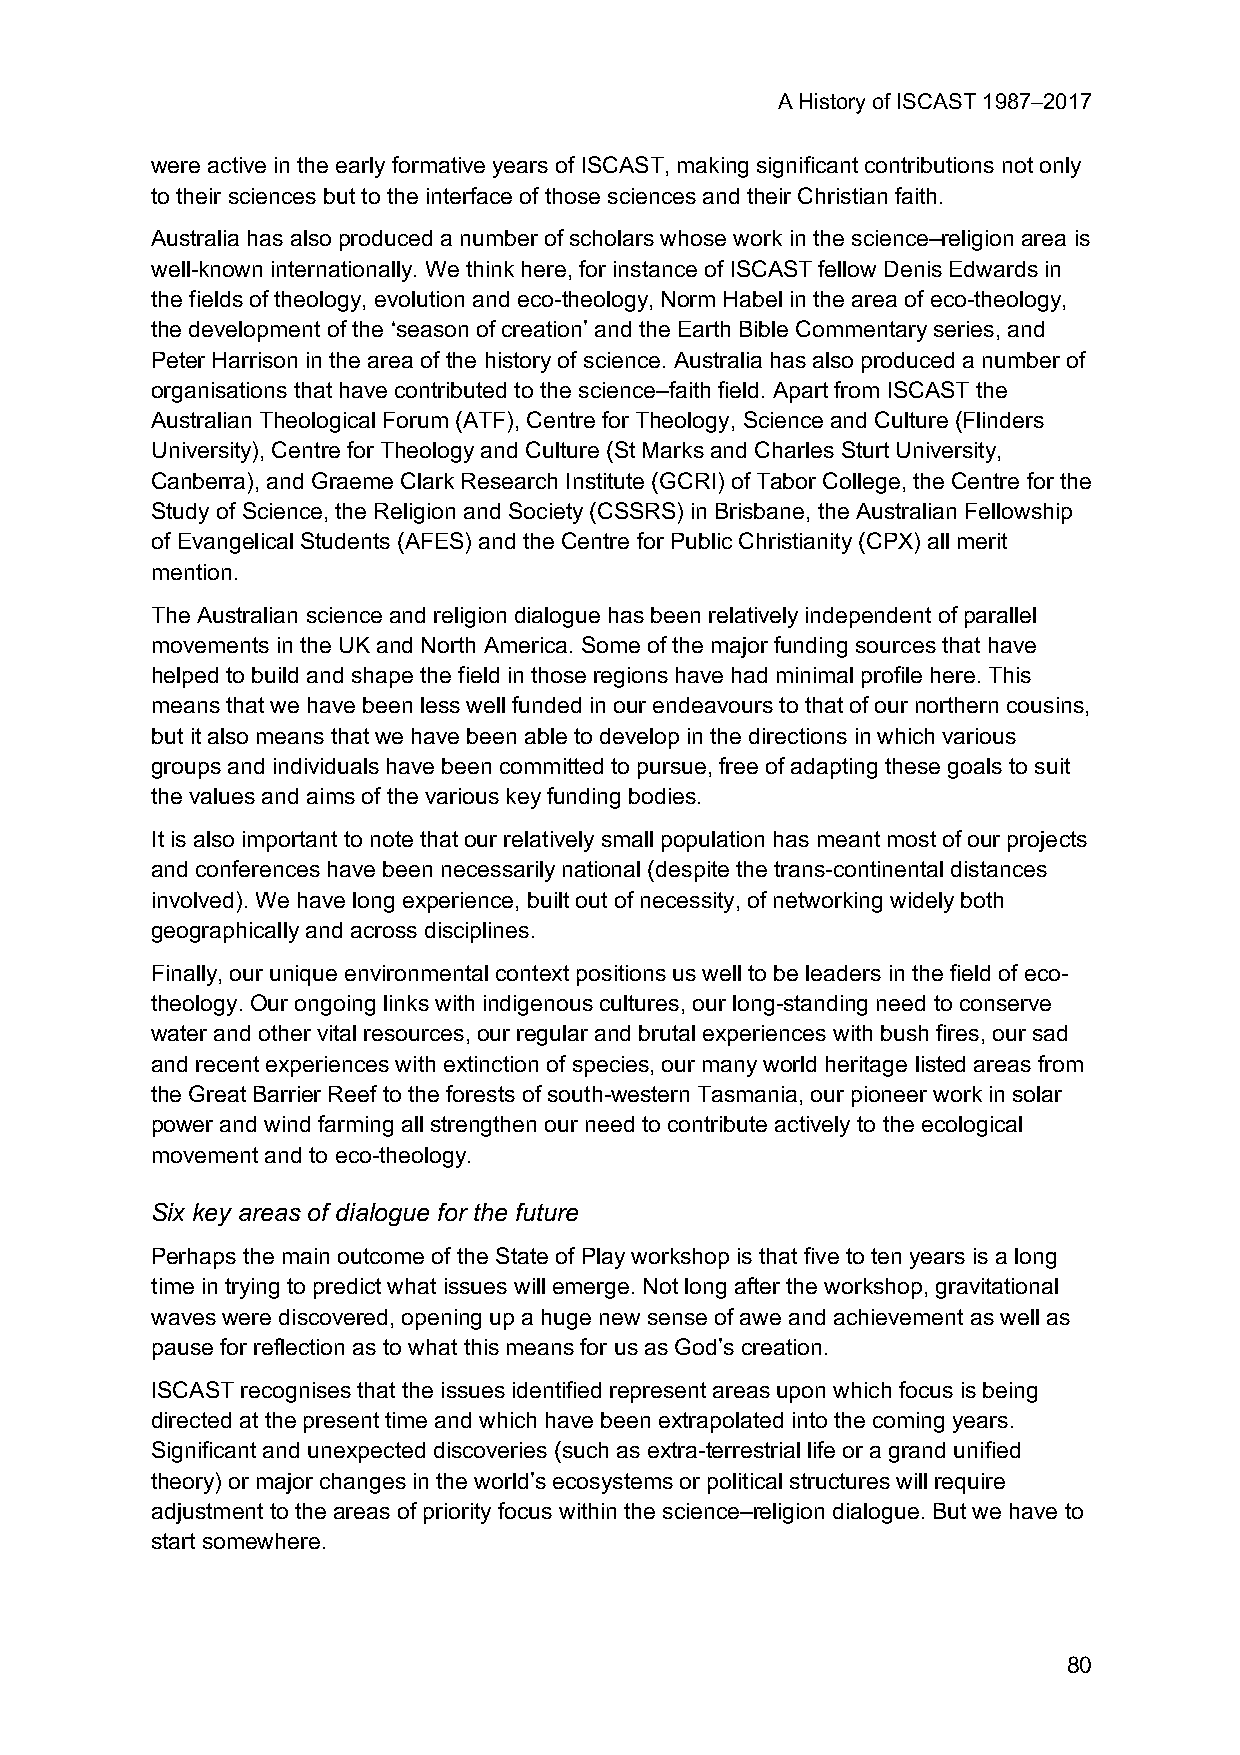
A History of ISCAST 1987–2017
 were active in the early formative years of ISCAST, making significant contributions not only
 to their sciences but to the interface of those sciences and their Christian faith.
 Australia has also produced a number of scholars whose work in the science–religion area is
 well-known internationally. We think here, for instance of ISCAST fellow Denis Edwards in
 the fields of theology, evolution and eco-theology, Norm Habel in the area of eco-theology,
 the development of the ‘season of creation’ and the Earth Bible Commentary series, and
 Peter Harrison in the area of the history of science. Australia has also produced a number of
 organisations that have contributed to the science–faith field. Apart from ISCAST the
 Australian Theological Forum (ATF), Centre for Theology, Science and Culture (Flinders
 University), Centre for Theology and Culture (St Marks and Charles Sturt University,
 Canberra), and Graeme Clark Research Institute (GCRI) of Tabor College, the Centre for the
 Study of Science, the Religion and Society (CSSRS) in Brisbane, the Australian Fellowship
 of Evangelical Students (AFES) and the Centre for Public Christianity (CPX) all merit
 mention.
 The Australian science and religion dialogue has been relatively independent of parallel
 movements in the UK and North America. Some of the major funding sources that have
 helped to build and shape the field in those regions have had minimal profile here. This
 means that we have been less well funded in our endeavours to that of our northern cousins,
 but it also means that we have been able to develop in the directions in which various
 groups and individuals have been committed to pursue, free of adapting these goals to suit
 the values and aims of the various key funding bodies.
 It is also important to note that our relatively small population has meant most of our projects
 and conferences have been necessarily national (despite the trans-continental distances
 involved). We have long experience, built out of necessity, of networking widely both
 geographically and across disciplines.
 Finally, our unique environmental context positions us well to be leaders in the field of eco-
 theology. Our ongoing links with indigenous cultures, our long-standing need to conserve
 water and other vital resources, our regular and brutal experiences with bush fires, our sad
 and recent experiences with extinction of species, our many world heritage listed areas from
 the Great Barrier Reef to the forests of south-western Tasmania, our pioneer work in solar
 power and wind farming all strengthen our need to contribute actively to the ecological
 movement and to eco-theology.
 Six key areas of dialogue for the future
 Perhaps the main outcome of the State of Play workshop is that five to ten years is a long
 time in trying to predict what issues will emerge. Not long after the workshop, gravitational
 waves were discovered, opening up a huge new sense of awe and achievement as well as
 pause for reflection as to what this means for us as God’s creation.
 ISCAST recognises that the issues identified represent areas upon which focus is being
 directed at the present time and which have been extrapolated into the coming years.
 Significant and unexpected discoveries (such as extra-terrestrial life or a grand unified
 theory) or major changes in the world’s ecosystems or political structures will require
 adjustment to the areas of priority focus within the science–religion dialogue. But we have to
 start somewhere.
 80